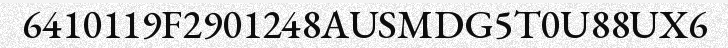
6410119F2901248AUSMDG5T0U88UX6